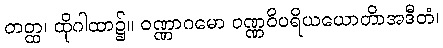
တတ္ထ၊ ထိုဂါထာ၌။ ဝဏ္ဏာဂမော ဝဏ္ဏဝိပရိယယောတိာအဒီတံ၊